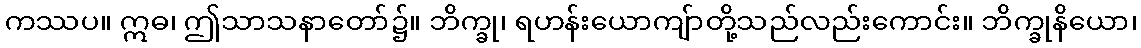
ကဿပ။ ဣဓ၊ ဤသာသနာတော်၌။ ဘိက္ခု၊ ရဟန်းယောကျ်ာတို့သည်လည်းကောင်း။ ဘိက္ခုနိယော၊